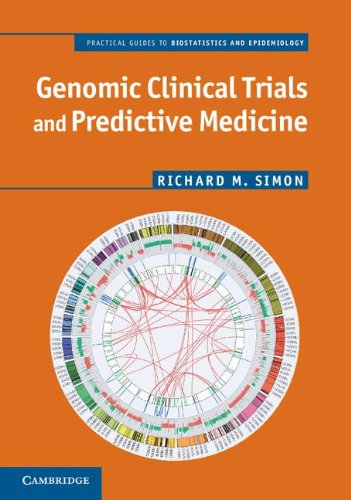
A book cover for Genomic Clinical Trials and Predictive Medicine (Practical Guides to Biostatistics and Epidemiology); Richard M. Simon; Medical Books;